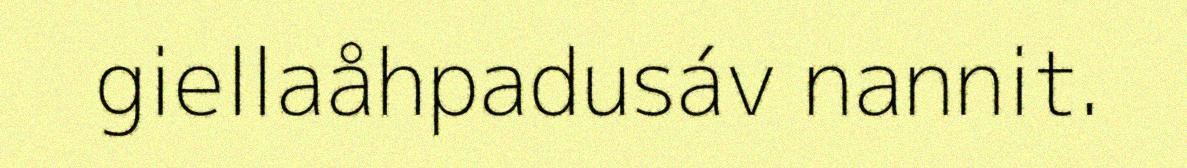
giellaåhpadusáv nannit.